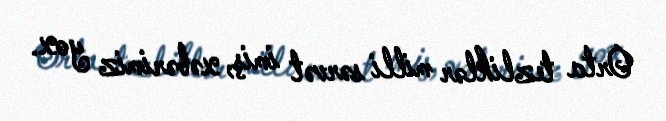
Orta tezliklər milli sərvət imiş, xəbərimiz yox.